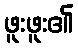
ဖူးဖူး၏